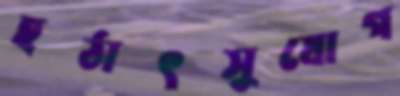
হঠাৎসুযোগ